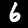
Label: 6